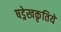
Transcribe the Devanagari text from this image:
षड्रेखकृतियें